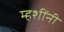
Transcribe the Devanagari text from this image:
म्हशींनी